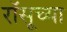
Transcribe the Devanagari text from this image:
रॉसूच्या